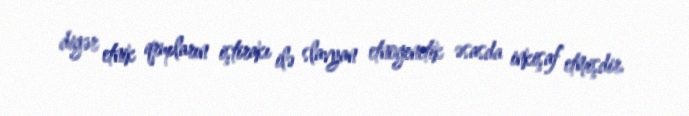
digər etnik qrupların iştirakı ilə slavyan etnogenetik əsasda inkişaf etmişdir.